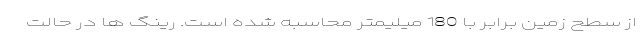
از سطح زمین برابر با 180 میلیمتر محاسبه شده است. رینگ ها در حالت